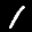
Label: 1